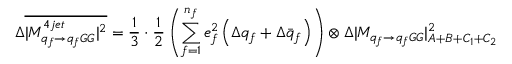
\Delta \overline { { { | { \cal M } _ { q _ { f } \to q _ { f } G G } ^ { 4 j e t } | ^ { 2 } } } } = \frac { 1 } { 3 } \cdot \frac { 1 } { 2 } \left( \sum _ { f = 1 } ^ { n _ { f } } e _ { f } ^ { 2 } \left( \Delta q _ { f } + \Delta \bar { q } _ { f } \right) \right) \otimes \Delta | { \cal M } _ { q _ { f } \to q _ { f } G G } | _ { A + B + C _ { 1 } + C _ { 2 } } ^ { 2 }